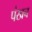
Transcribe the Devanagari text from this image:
पंखच